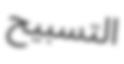
التسبيح